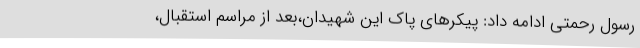
رسول رحمتی ادامه داد: پیکرهای پاک این شهیدان،بعد از مراسم استقبال،